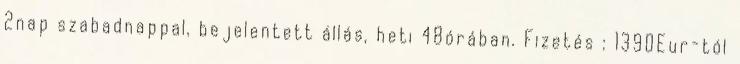
2nap szabadnappal, bejelentett állás, heti 48órában. Fizetés : 1390Eur-tól